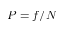
P = f / N